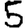
Digit: 5